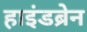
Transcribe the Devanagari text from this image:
हाइंडब्रेन